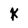
Character: X